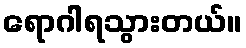
ရောဂါရသွားတယ်။